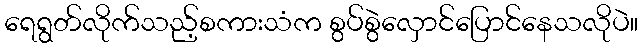
ရေရွတ်လိုက်သည့်စကားသံက စွပ်စွဲလှောင်ပြောင်နေသလိုပဲ။